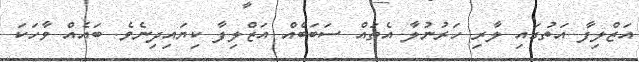
އަޒްލިފާ އަތުގައި ލާރި ހަރުނުލާ އެތައް ސަބަބެއް އަޒްލިފާ ކިޔައިދިނެވެ. ބައެއް ވާހަކަ